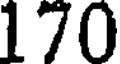
170